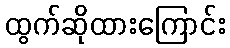
ထွက်ဆိုထားကြောင်း